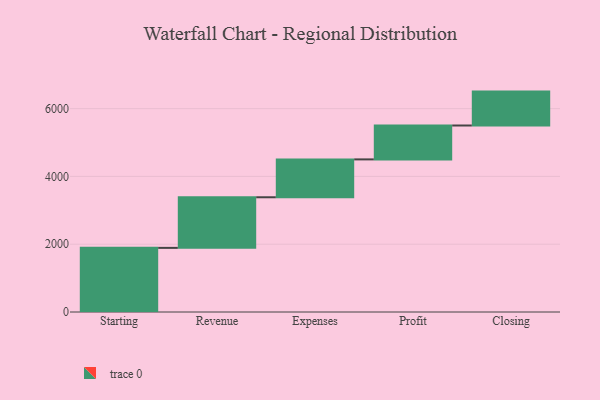
{"axis": {"x": "Step", "y": "Value"}, "legend": [""], "data": [{"x": "Starting", "y": 1892.0, "type": ""}, {"x": "Revenue", "y": 1493.0, "type": ""}, {"x": "Expenses", "y": 1117.0, "type": ""}, {"x": "Profit", "y": 1000, "type": ""}, {"x": "Closing", "y": 1000, "type": ""}]}